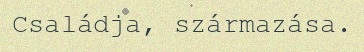
Családja, származása.